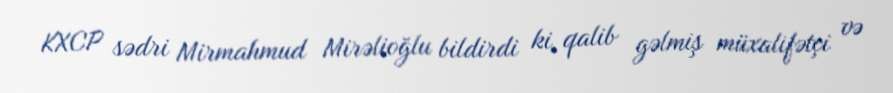
KXCP sədri Mirmahmud Mirəlioğlu bildirdi ki, qalib gəlmiş müxalifətçi və